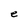
Character: e